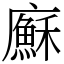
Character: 㢝